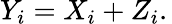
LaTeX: Y_{i}=X_{i}+Z_{i}.\,